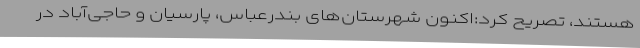
هستند، تصریح کرد:اکنون شهرستان‌های بندرعباس، پارسیان و حاجی‌آباد در